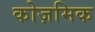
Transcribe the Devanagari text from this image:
कोज़मिक